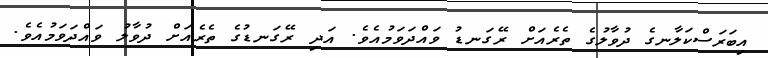
އިބަރަސްކަލާނގެ ދުވާލުގެ ތެރެއަށް ރޭގަނޑު ވައްދަވަމުއެވެ. އަދި ރޭގަނޑުގެ ތެރެއަށް ދުވާލު ވައްދަވަމުއެވެ.